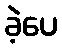
ခဲ့ပေ